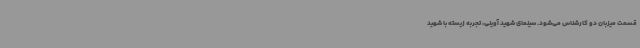
قسمت میزبان دو کارشناس می‌شود. سینمای شهید آوینی، تجربه زیسته با شهید